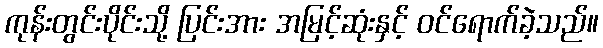
ကုန်းတွင်းပိုင်းသို့ ပြင်းအား အမြင့်ဆုံးနှင့် ဝင်ရောက်ခဲ့သည်။